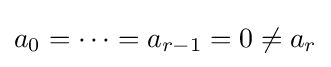
a_{0}=\cdots =a_{r-1}=0\neq a_{r}